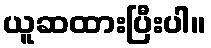
ယူဆထားပြီးပါ။